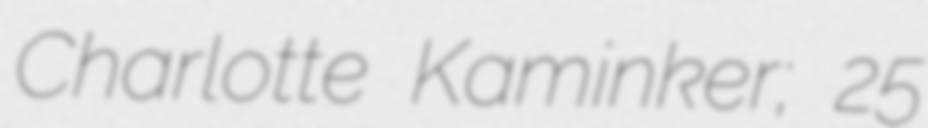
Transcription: Charlotte Kaminker; 25